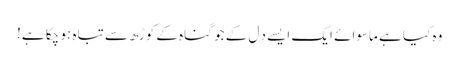
وہ کیا ہے ماسوائے ایک ایسے دِل کے جو گناہ کے کوڑھ سے تباہ ہو چکا ہے!